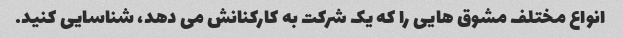
انواع مختلف مشوق هایی را که یک شرکت به کارکنانش می دهد، شناسایی کنید.